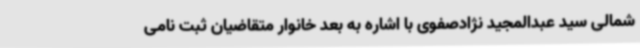
شمالی سید عبدالمجید نژادصفوی با اشاره به بعد خانوار متقاضیان ثبت نامی